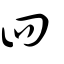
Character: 四